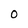
Character: O